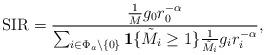
LaTeX: \begin{align*} \textrm{SIR} = \frac {\frac{1}{M} g_{0} r_0^{-\alpha}}{\sum_{i\in \Phi_{a}\setminus \{0\}}\mathbf{1}\{\tilde{M}_{i} \geq 1\}\frac{1}{\tilde{M}_{i}}g_{i}r_i^{-\alpha}},\end{align*}